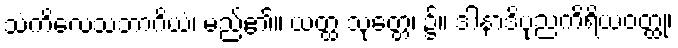
သံကိလေသဘာဂိယံ၊ မည်၏။ ယတ္ထ သုတ္တေ၊ ၌။ ဒါနာဒိပုညကိရိယဝတ္ထု၊